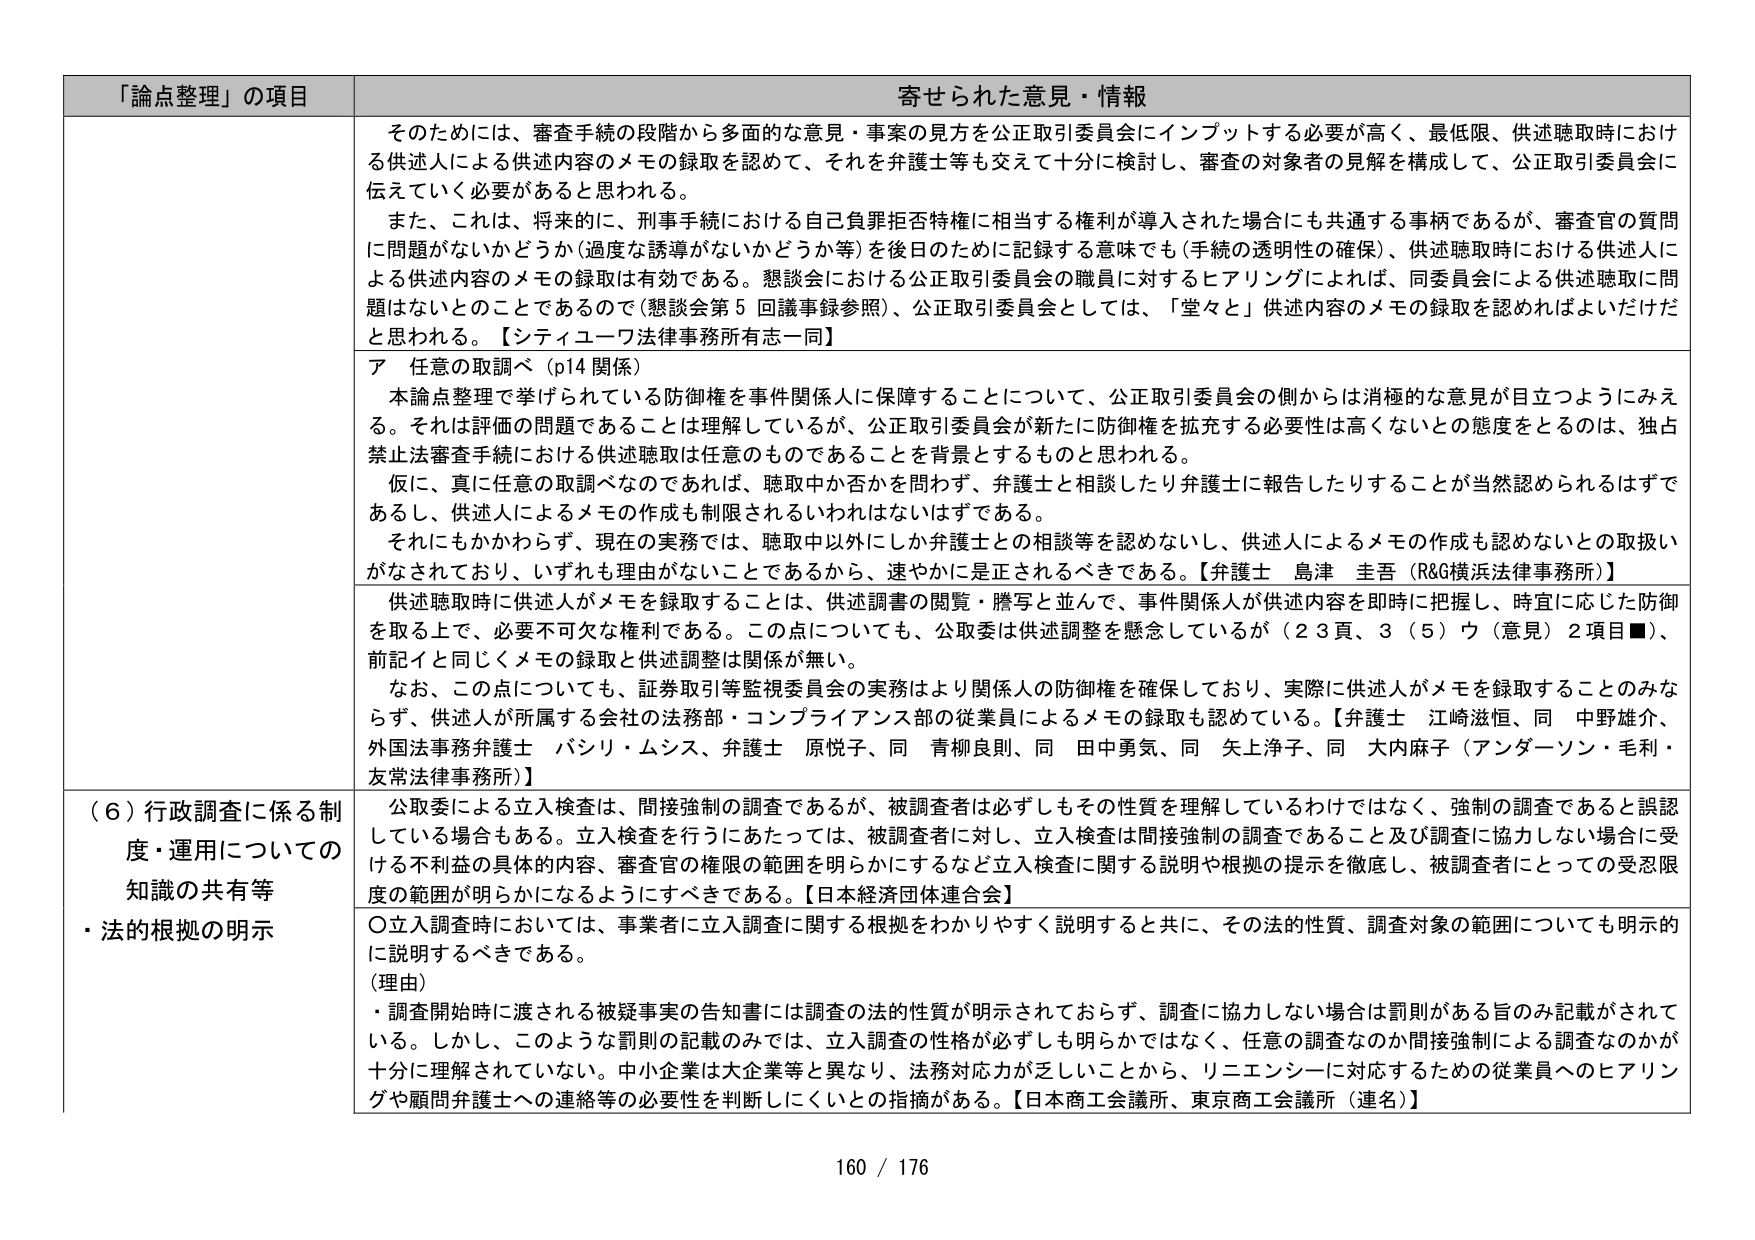
「論点整理」の項目 寄せられた意見・情報
そのためには、審査手続の段階から多面的な意見・事案の見方を公正取引委員会にインプットする必要が高く、最低限、供述聴取時における供述人による供述内容のメモの録取を認めて、それを弁護士等も交えて十分に検討し、審査の対象者の見解を構成して、公正取引委員会に伝えていく必要があると思われる。
また、これは、将来的に、刑事手続における自己負罪拒否特権に相当する権利が導入された場合にも共通する事柄であるが、審査官の質問に問題がないかどうか（過度な誘導がないかどうか等）を後日のために記録する意味でも（手続の透明性の確保）、供述聴取時における供述人による供述内容のメモの録取は有効である。懇談会における公正取引委員会の職員に対するヒアリングによれば、同委員会による供述聴取に問題はないとのことであるので（懇談会第５回議事録参照）、公正取引委員会としては、「堂々と」供述内容のメモの録取を認めればよいだけだと思われる。【シティューウ法律事務所有志一同】
ア 任意の取調べ（p14 関係）
本論点整理で挙げられている防御権を事件関係人に保障することについて、公正取引委員会の側からは消極的な意見が目立つようにみえる。それは評価の問題であることは理解しているが、公正取引委員会が新たに防御権を拡充する必要性は高くないとの態度をとるのは、独占禁止法審査手続における供述聴取は任意のものであることを背景とするものと思われる。
仮に、真に任意の取調べなのであれば、聴取中か否かを問わず、弁護士と相談したり弁護士に報告したりすることが当然認められるはずであるし、供述人によるメモの作成も制限されるいわれはないはずである。
それにもかかわらず、現在の実務では、聴取中以外にしか弁護士との相談等を認めないし、供述人によるメモの作成も認めないとの取扱いがなされており、いずれも理由がないことであるから、速やかに是正されるべきである。【弁護士 島津 圭吾（R&G横浜法律事務所）】
供述聴取時に供述人がメモを録取することは、供述調書の閲覧・謄写と並んで、事件関係人が供述内容を即時に把握し、時宜に応じた防御を取る上で、必要不可欠な権利である。この点についても、公委は供述調整を懸念しているが（２３頁、３（５）ウ（意見）２項目■）、前記イと同じくメモの録取と供述調整は関係が無い。
なお、この点についても、証券取引等監視委員会の実務はより関係人の防御権を確保しており、実際に供述人がメモを録取することのみならず、供述人が所属する会社の法務部・コンプライアンス部の従業員によるメモの録取も認めている。【弁護士 江崎滋恒、同 中野雄介、外国法事務弁護士 バシリ・ムシス、弁護士 原悦子、同 青柳良則、同 田中勇気、同 矢上浄子、同 大内麻子（アンダーソン・毛利・友常法律事務所）】
（６）行政調査に係る制度・運用についての知識の共有等
・法的根拠の明示
公委による立入検査は、間接強制の調査であるが、被調査者は必ずしもその性質を理解しているわけではなく、強制的調査であると誤認している場合もある。立入検査を行うにあたっては、被調査者に対し、立入検査は間接強制の調査であること及び調査に協力しない場合に受ける不利益の具体的内容、審査官の権限の範囲を明らかにするなど立入検査に関する説明や根拠の提示を徹底し、被調査者にとっての受忍限度の範囲が明らかになるようにすべきである。【日本経済団体連合会】
〇立入調査時においては、事業者に立入調査に関する根拠をわかりやすく説明すると共に、その法的性質、調査対象の範囲についても明示的に説明するべきである。
（理由）
・調査開始時に渡される被疑事実の告知書には調査の法的性質が明示されておらず、調査に協力しない場合は罰則がある旨のみ記載がされている。しかし、このような罰則の記載のみでは、立入調査の性格が必ずしも明らかではなく、任意の調査なのか間接強制による調査なのかが十分に理解されていない。中小企業は大企業等と異なり、法務対応力が乏しいことから、リニエンシーに対応するための従業員へのヒアリングや顧問弁護士への連絡等の必要性を判断しにくいとの指摘がある。【日本商工会議所、東京商工会議所（連名）】
160 / 176